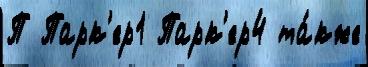
П Парк'ер1 Парк'ер4 та́кже